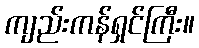
ကျည်းကန်ရှင်ကြီး။